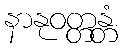
နာနုဝတ္တန္တံ